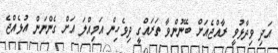
އަދި ވިދާޅުވީ ރާއްޖެއަށް ބޭނުންވާ ތަރައްގީ ދިވެހިން އަމިއްލަ އަށް ގެންނަން އުޅެއްޖެ